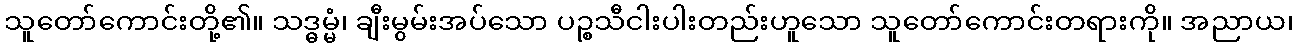
သူတော်ကောင်းတို့၏။ သဒ္ဓမ္မံ၊ ချီးမွမ်းအပ်သော ပဉ္စသီငါးပါးတည်းဟူသော သူတော်ကောင်းတရားကို။ အညာယ၊